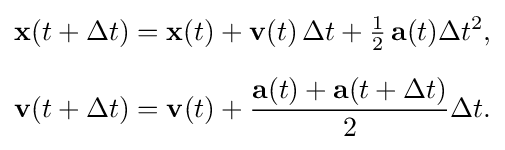
{\begin{aligned}\mathbf {x} (t+\Delta t)&=\mathbf {x} (t)+\mathbf {v} (t)\,\Delta t+{\tfrac {1}{2}}\,\mathbf {a} (t)\Delta t^{2},\\[6pt]\mathbf {v} (t+\Delta t)&=\mathbf {v} (t)+{\frac {\mathbf {a} (t)+\mathbf {a} (t+\Delta t)}{2}}\Delta t.\end{aligned}}